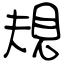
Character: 規